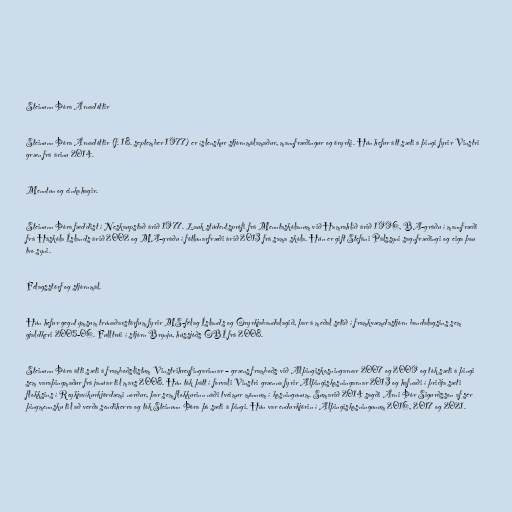
Steinunn Þóra Árnadóttir

Steinunn Þóra Árnadóttir (f. 18. september 1977) er íslenskur stjórnmálamaður, mannfræðingur og öryrki. Hún hefur átt sæti á þingi fyrir Vinstri
græn frá árinu 2014.

Menntun og einkahagir.

Steinunn Þóra fæddist í Neskaupstað árið 1977. Lauk stúdentsprófi frá Menntaskólanum við Hamrahlíð árið 1996, BA-gráðu í mannfræði
frá Háskóla Íslands árið 2002 og MA-gráðu í fötlunarfræði árið 2013 frá sama skóla. Hún er gift Stefáni Pálssyni sagnfræðingi og eiga þau
tvo syni.

Félagsstörf og stjórnmál.

Hún hefur gegnt ýmsum trúnaðarstörfum fyrir MS-félag Íslands og Öryrkjabandalagið, þar á meðal setið í framkvæmdastjórn bandalagsins sem
gjaldkeri 2005-06. Fulltrúi í stjórn Brynju, hússjóðs ÖBÍ frá 2008.

Steinunn Þóra átti sæti á framboðslistum Vinstrihreyfingarinnar – græns framboðs við Alþingiskosningarnar 2007 og 2009 og tók sæti á þingi
sem varaþingmaður frá janúar til mars 2008. Hún tók þátt í forvali Vinstri grænna fyrir Alþingiskosningarnar 2013 og hafnaði í þriðja sæti
flokksins í Reykjavíkurkjördæmi norður, þar sem flokkurinn náði tveimur mönnum í kosningunum. Sumarið 2014 sagði Árni Þór Sigurðsson af sér
þingmennsku til að verða sendiherra og tók Steinunn Þóra þá sæti á þingi. Hún var endurkjörin í Alþingiskosningunum 2016, 2017 og 2021.